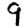
Digit: 9